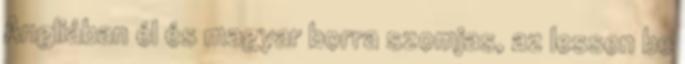
Angliában él és magyar borra szomjas, az lessen be